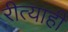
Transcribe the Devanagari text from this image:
रीत्याही